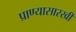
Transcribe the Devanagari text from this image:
प्राण्यासारखी